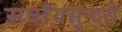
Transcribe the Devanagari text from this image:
सर्वांगसुन्दरी